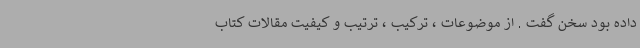
داده بود سخن گفت . از موضوعات ، ترکیب ، ترتیب و کیفیت مقالات کتاب